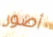
أصور